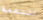
التهمة